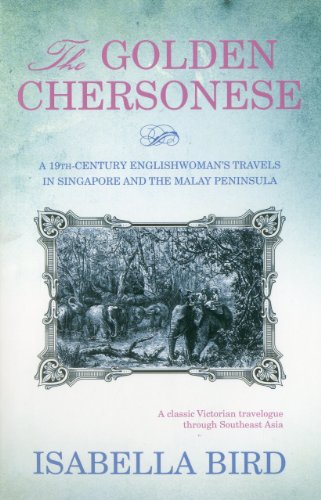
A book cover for The Golden Chersonese: A 19th-Century Englishwoman's Travels in Singapore and the Malay Peninsula; Isabella Bird; Travel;